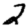
Digit: 2